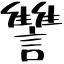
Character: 讐